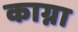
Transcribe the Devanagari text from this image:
काग्ना